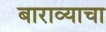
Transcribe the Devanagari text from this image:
बाराव्याचा